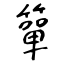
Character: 簞